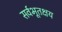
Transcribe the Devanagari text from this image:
सर्वभूतक्षय